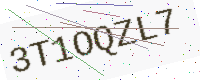
Text: 3T1OQZL7